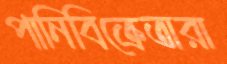
পানিবিক্রেতারা